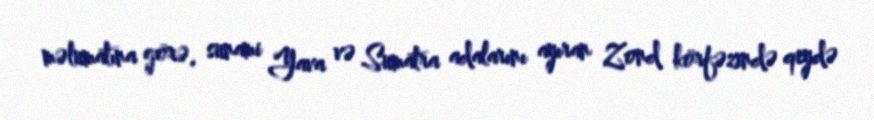
məlumatına görə, sunami Yava və Sumatra adalarını ayıran Zond körfəzində qeydə